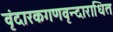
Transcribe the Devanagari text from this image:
वृंदारकगणवृन्दाराधित